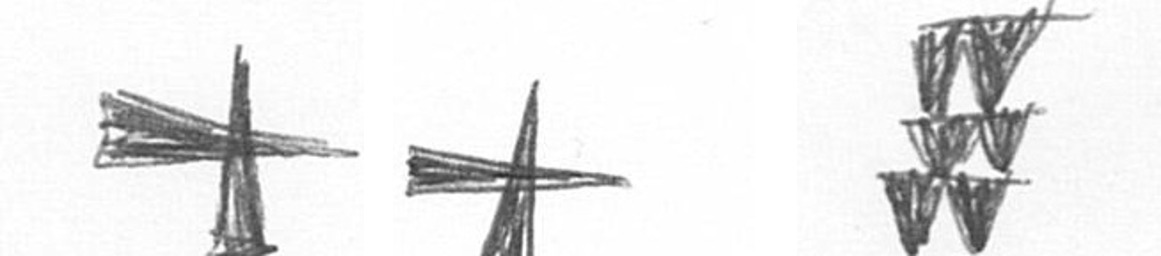
G G Y